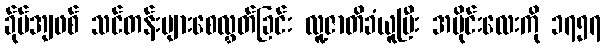
ခ်ုပ်အျဖစ် သင်တန်းများစေလွှတ်ခြင်း လူ့ဇာတိခံယူပြီး အပိုင်းလေးကို ၁၇၅၇